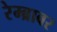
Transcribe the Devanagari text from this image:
रेम्ब्रावर